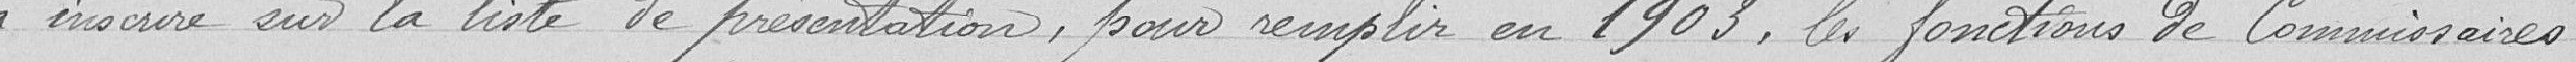
à inscrire sur la liste de présentation, pour remplir en 1903, les fonctions de Commissaires